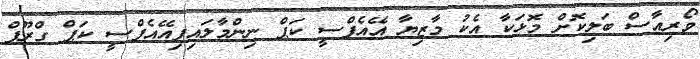
ވޯރިއާސް ބަލިކޮށް މޮޅަކާ އެކު މާޒިޔާ އޭއެފްސީ ކަޕް ނިންމާލައިފިއޭއެފްސީ ކަޕް ގްރޫޕް